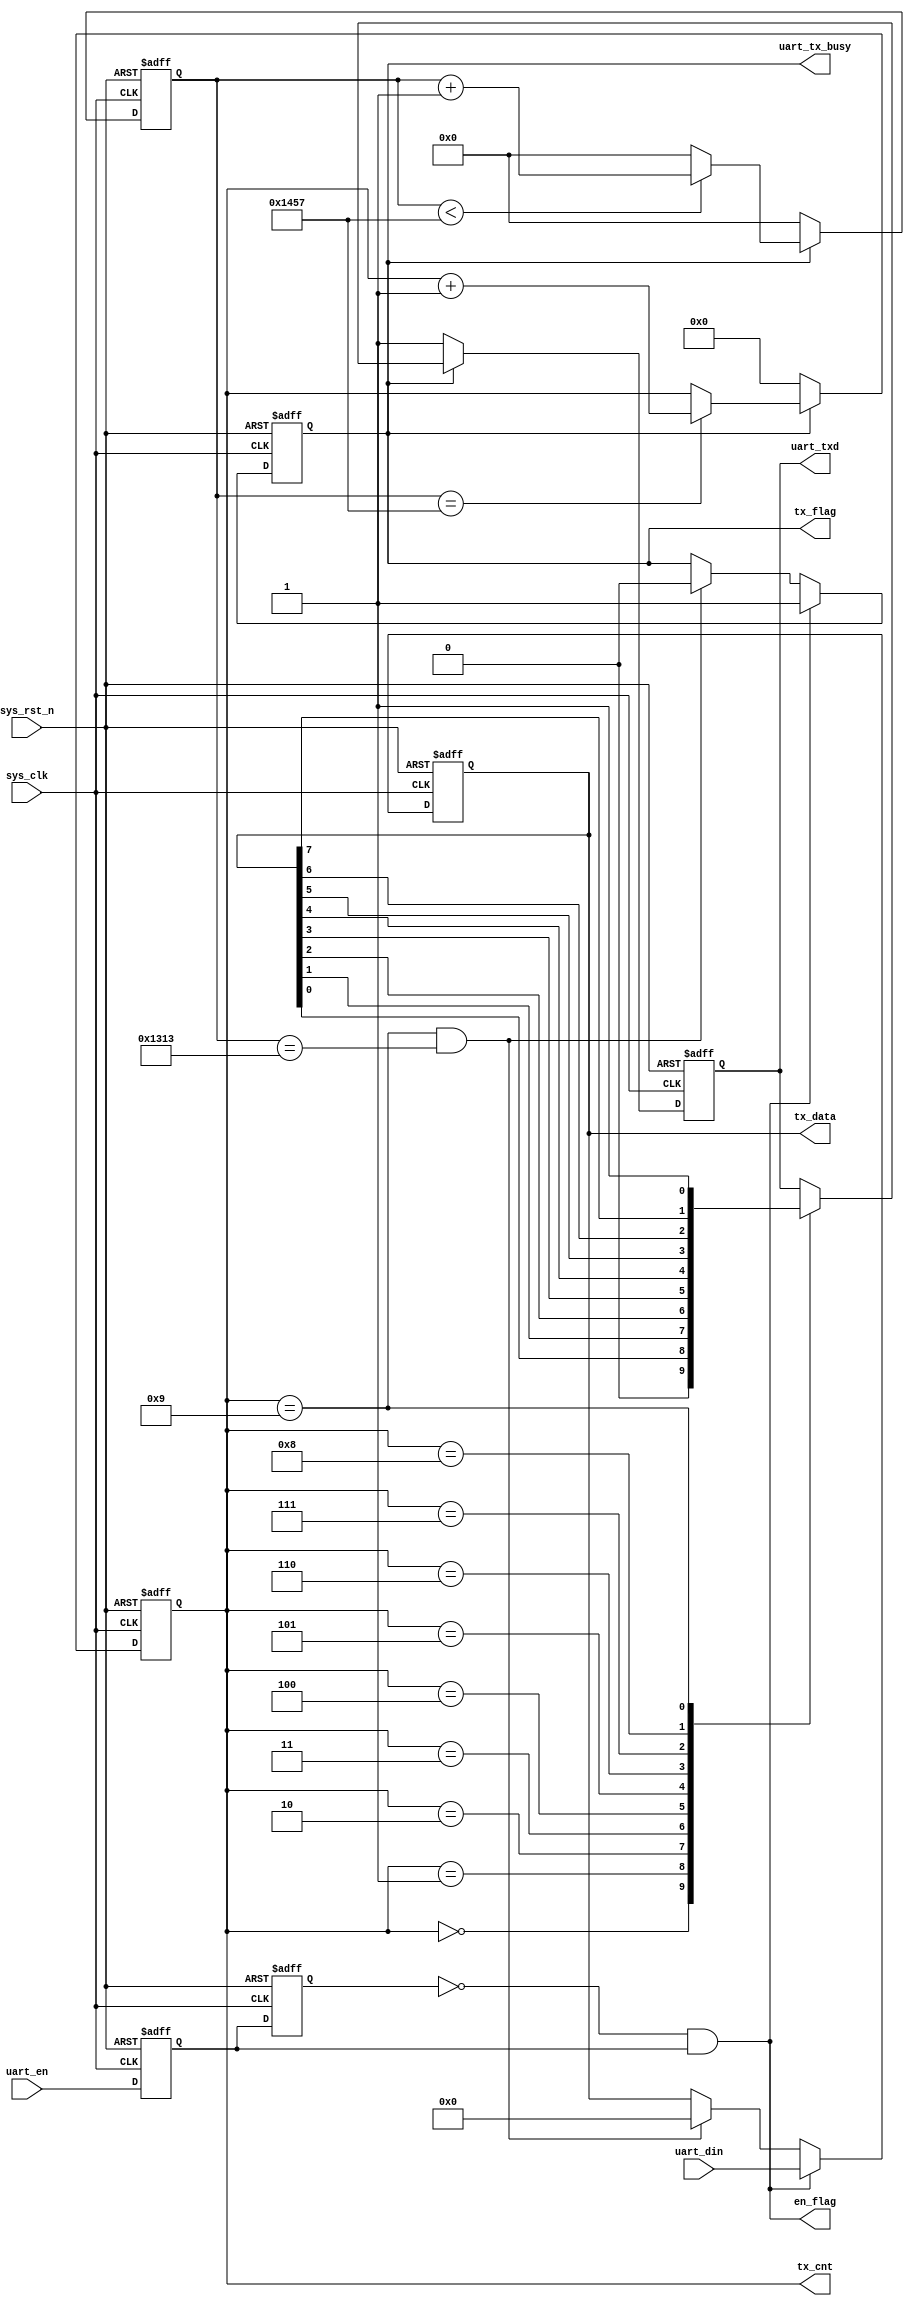
module uart_send(
    input	        sys_clk,                  //系统时钟
    input         sys_rst_n,                //系统复位，低电平有效
    
    input         uart_en,                  //发送使能信号
    input  [7:0]  uart_din,                 //待发送数据
    output        uart_tx_busy,             //发送忙状态标志 
    output        en_flag     ,
    output  reg   tx_flag,                  //发送过程标志信号
    output  reg [ 7:0] tx_data,             //寄存发送数据
    output  reg [ 3:0] tx_cnt,              //发送数据计数器
    output  reg   uart_txd                  //UART发送端口
    );
    
//parameter define
parameter  CLK_FREQ = 50000000;            //系统时钟频率
parameter  UART_BPS = 9600;                //串口波特率
localparam  BPS_CNT  = CLK_FREQ/UART_BPS;   //为得到指定波特率，对系统时钟计数BPS_CNT次
localparam  BPS_CNT_DIV_16  = BPS_CNT/16;

//reg define
reg        uart_en_d0; 
reg        uart_en_d1;  
reg [15:0] clk_cnt;                           //系统时钟计数器

//wire define
wire       en_flag;
wire tx_flag_down = (tx_cnt == 4'd9) && (clk_cnt == BPS_CNT - BPS_CNT_DIV_16);

//*****************************************************
//**                    main code
//*****************************************************
//在串口发送过程中给出忙状态标志
assign uart_tx_busy = tx_flag;

//捕获uart_en上升沿，得到一个时钟周期的脉冲信号
assign en_flag = (~uart_en_d1) & uart_en_d0;

//对发送使能信号uart_en延迟两个时钟周期
always @(posedge sys_clk or negedge sys_rst_n) begin         
    if (!sys_rst_n) begin
        uart_en_d0 <= 1'b0;                                  
        uart_en_d1 <= 1'b0;
    end                                                      
    else begin                                               
        uart_en_d0 <= uart_en;                               
        uart_en_d1 <= uart_en_d0;                            
    end
end

//当脉冲信号en_flag到达时,寄存待发送的数据，并进入发送过程          
always @(posedge sys_clk or negedge sys_rst_n) begin         
    if (!sys_rst_n) begin                                  
        tx_flag <= 1'b0;
        tx_data <= 8'd0;
    end 
    else if (en_flag) begin                 //检测到发送使能上升沿                      
            tx_flag <= 1'b1;                //进入发送过程，标志位tx_flag拉高
            tx_data <= uart_din;            //寄存待发送的数据
        end
                                            //计数到停止位结束时，停止发送过程
        else if (tx_flag_down) begin                                       
            tx_flag <= 1'b0;                //发送过程结束，标志位tx_flag拉低
            tx_data <= 8'd0;
        end
        else begin
            tx_flag <= tx_flag;
            tx_data <= tx_data;
        end 
end

//进入发送过程后，启动系统时钟计数器
always @(posedge sys_clk or negedge sys_rst_n) begin         
    if (!sys_rst_n)                             
        clk_cnt <= 16'd0;                                  
    else if (tx_flag) begin                 //处于发送过程
        if (clk_cnt < BPS_CNT - 1)
            clk_cnt <= clk_cnt + 1'b1;
        else
            clk_cnt <= 16'd0;               //对系统时钟计数达一个波特率周期后清零
    end
    else                             
        clk_cnt <= 16'd0; 				    //发送过程结束
end

//进入发送过程后，启动发送数据计数器
always @(posedge sys_clk or negedge sys_rst_n) begin         
    if (!sys_rst_n)                             
        tx_cnt <= 4'd0;
    else if (tx_flag) begin                 //处于发送过程
        if (clk_cnt == BPS_CNT - 1)			//对系统时钟计数达一个波特率周期
            tx_cnt <= tx_cnt + 1'b1;		//此时发送数据计数器加1
        else
            tx_cnt <= tx_cnt;       
    end
    else                              
        tx_cnt  <= 4'd0;				    //发送过程结束
end

//根据发送数据计数器来给uart发送端口赋值
always @(posedge sys_clk or negedge sys_rst_n) begin        
    if (!sys_rst_n)  
        uart_txd <= 1'b1;        
    else if (tx_flag)
        case(tx_cnt)
            4'd0: uart_txd <= 1'b0;         //起始位 
            4'd1: uart_txd <= tx_data[0];   //数据位最低位
            4'd2: uart_txd <= tx_data[1];
            4'd3: uart_txd <= tx_data[2];
            4'd4: uart_txd <= tx_data[3];
            4'd5: uart_txd <= tx_data[4];
            4'd6: uart_txd <= tx_data[5];
            4'd7: uart_txd <= tx_data[6];
            4'd8: uart_txd <= tx_data[7];   //数据位最高位
            4'd9: uart_txd <= 1'b1;         //停止位
            default: ;
        endcase
    else 
        uart_txd <= 1'b1;                   //空闲时发送端口为高电平
end

endmodule